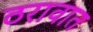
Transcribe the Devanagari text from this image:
ठरावात